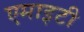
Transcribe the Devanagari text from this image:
एमाइटी